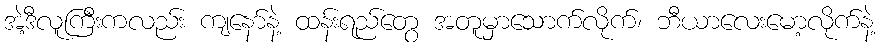
အဲ့ဒီလူကြီးကလည်း ကျနော်နဲ့ ထန်းရည်တွေ အတူမှာသောက်လိုက်၊ ဘီယာလေးမော့လိုက်နဲ့